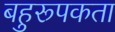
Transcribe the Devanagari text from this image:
बहुरूपकता